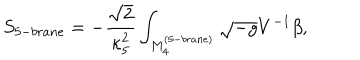
LaTeX: S _ { 5 - b r a n e } = - \frac { \sqrt { 2 } } { \kappa _ { 5 } ^ { 2 } } \int _ { M _ { 4 } ^ { ( 5 - b r a n e ) } } { \sqrt { - g } V ^ { - 1 } \beta } ,